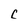
Character: C